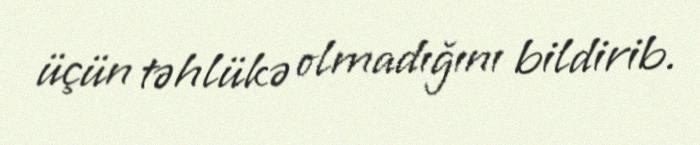
üçün təhlükə olmadığını bildirib.